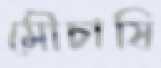
মৌচাষি